Supplement to the account of plague administration in the Bombay Presidency from September 1896 till May 1897
Year: 1896
Disease focus: Plague
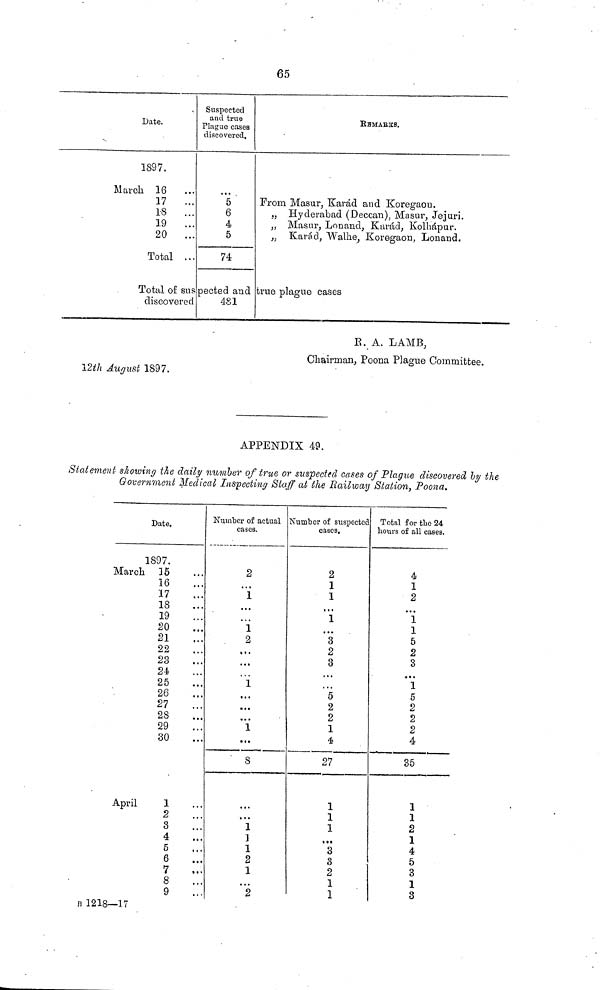
65
Date.
1897.
March 16 …
17 …
18 …
39 …
20 …
Total …
Suspected
and true
Plague cases
discovered.
"ö
6
4
5
74
REMARKS.
From Masur, Karád and Koregaou.
„ Hyderabad (Deccan), Masur, Jejuri.
„ Masar, Lonand, Karád, Kolhápur.
„ Karád, Walhe, Koregaou, Lonand.
Total of sus pected and true plague cases
discovered
481
12th August 1897.
B. A. LAMB,
Chairman, Poona Plague Committee.
APPENDIX 49.
Statement showing the daily number of true or suspected cases of Plague discovered by the
Government Medical Inspecting Staff at the Railway Station, Poona.
Date.
1897.
March 15 …
16 …
17 …
18 …
19 …
20 …
21 …
22 …
23 …
24 …
25 …
26 …
27 …
28 …
29 …
30 …
April
1
B 1218—17
2
S
4
5
6
7
8
9
Number of actual
cases.
2
…
1
…
…
1
2
…
…
…
1
…
…
…
1
…
8
…
1
1
1
2
1
…
2
Number of suspected
cases.
2
1
1
…
1
…
3
2
8
…
…
5
2
2
1
4
27
1
1
1
…
3
3
2
1
1
Total for the 24
Lours of all cases.
4
1
2
...
1
1
5
2
3
…
1
5
2
2
2
4
35
1
1
2
1
4
5
3
1
3